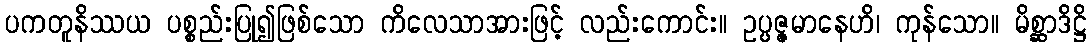
ပကတူနိဿယ ပစ္စည်းပြု၍ဖြစ်သော ကိလေသာအားဖြင့် လည်းကောင်း။ ဥပ္ပဇ္ဇမာနေဟိ၊ ကုန်သော။ မိစ္ဆာဒိဋ္ဌိ